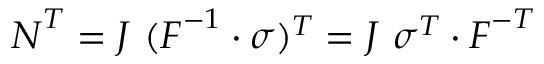
{ \boldsymbol { N } } ^ { T } = J ~ ( { \boldsymbol { F } } ^ { - 1 } \cdot { \boldsymbol { \sigma } } ) ^ { T } = J ~ { \boldsymbol { \sigma } } ^ { T } \cdot { \boldsymbol { F } } ^ { - T }